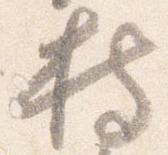
持